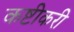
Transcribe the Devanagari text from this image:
कष्टीकरी